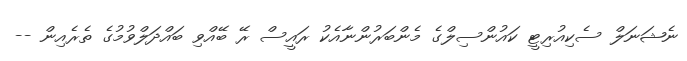
ނެޝަނަލް ސެކިއުރިޓީ ކައުންސިލްގެ މެންބަރުންނާއެކު ރައީސް ރޭ ބޭއްވި ބައްދަލްވުމުގެ ތެރެއިން --